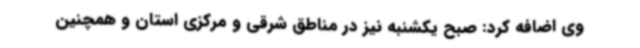
وی اضافه کرد: صبح یکشنبه نیز در مناطق شرقی و مرکزی استان و همچنین